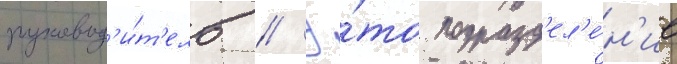
руковод'и́т'ель // Э́то подразд'ел'е́н'ие